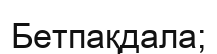
Бетпақдала;